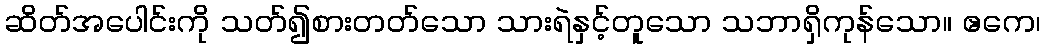
ဆိတ်အပေါင်းကို သတ်၍စားတတ်သော သားရဲနှင့်တူသော သဘာရှိကုန်သော။ ဧကေ၊